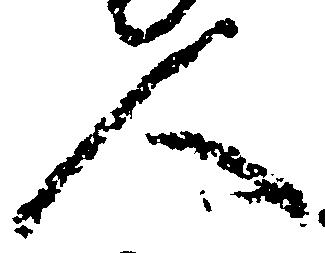
人